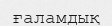
ғаламдық